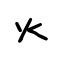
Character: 火